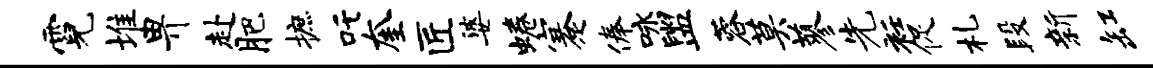
霓堆畀赴肥摭吒奎匠婆蜷蹇俸咏盥蓉莫蓼先衽促札段新缸